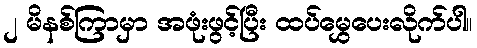
၂ မိနစ်ကြာမှာ အဖုံးဖွင့်ပြီး ထပ်မွှေပေးလိုက်ပါ။